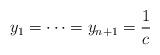
LaTeX: \begin{align*}y_1 = \cdots = y_{n+1} = \frac{1}{c}\end{align*}